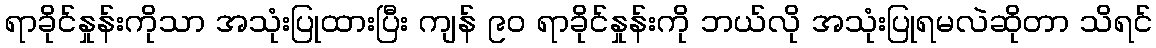
ရာခိုင်နှုန်းကိုသာ အသုံးပြုထားပြီး ကျန် ၉၀ ရာခိုင်နှုန်းကို ဘယ်လို အသုံးပြုရမလဲဆိုတာ သိရင်